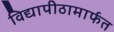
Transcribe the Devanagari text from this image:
विद्यापीठामार्फत